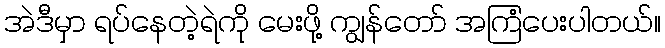
အဲဒီမှာ ရပ်နေတဲ့ရဲကို မေးဖို့ ကျွန်တော် အကြံပေးပါတယ်။